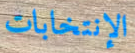
الإنتخابات